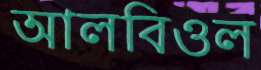
আলবিওল